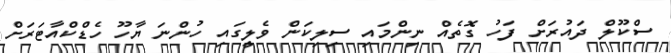
ސްކޫލް ދައުރަށް ފަހު ގޮތެއް ނިންމައި ސިލިކަން ވެލީގައި ހުންނަ ޔާހޫ ހެޑްކްއާޓަރަށް